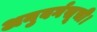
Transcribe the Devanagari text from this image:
अनुवर्गसूची।